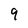
Character: 9